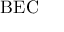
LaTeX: \mathrm { B E C }